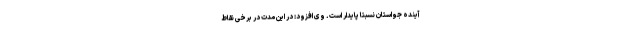
آینده جو استان نسبتا پایدار است. وی افزود: در این مدت در برخی نقاط